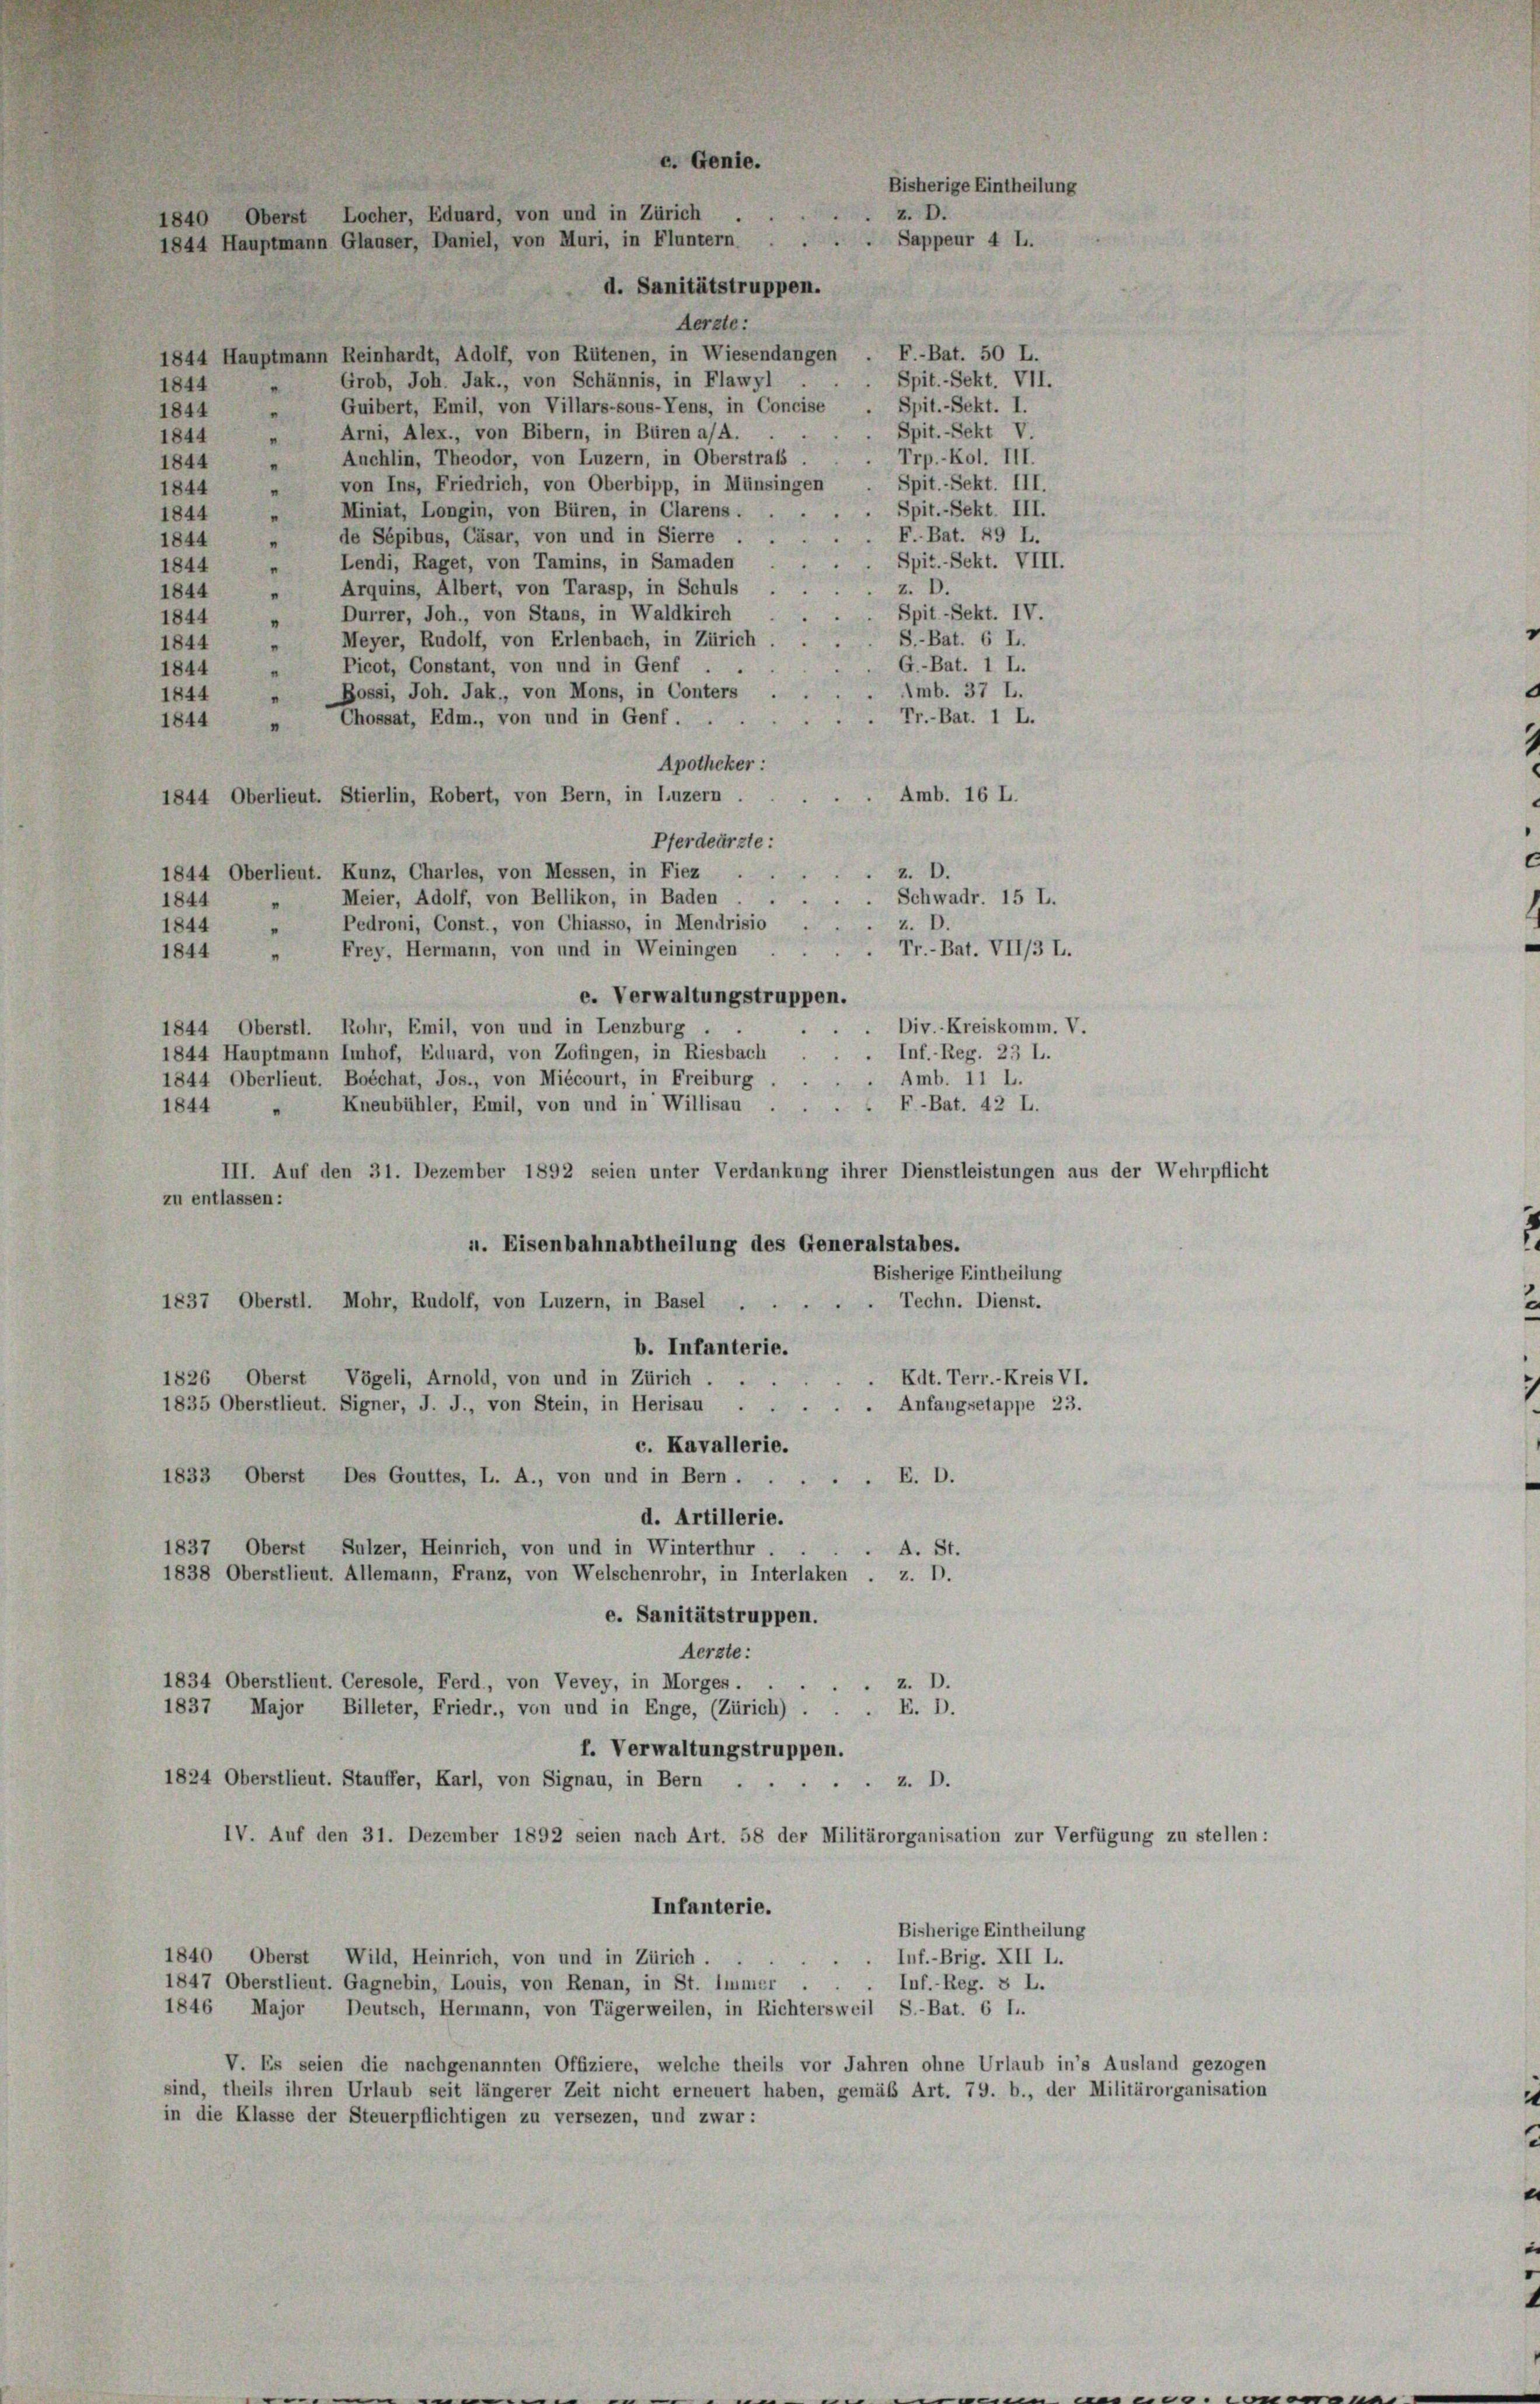
d. Sanitätstruppen.
Aerzte:
1844 Hauptmann Reinhardt, Adolf, von Rütenen, in Wiesendangen
 Grob, Joh. Jak., von Schännis, in Flawyl
1844
1844 „ Guibert, Emil, von Villars-sous-Tens, in Concise
 Arni, Alex., von Bibern, in Büren a/A.
1844
Auchlin, Theodor, von Luzern, in Oberstrafs
1844
von Ins, Friedrich, von Oberbipp, in Münsingen
1844
Miniat, Longin, von Büren, in Clarens.
1844
de Sépibus, Cäsar, von und in Sierre .
1844
 Lendi, Raget, von Tamins, in Samaden
1844
 Arquins, Albert, von Tarasp, in Schuls
1844
 Durrer, Joh., von Stans, in Waldkirch
1844
“
Meyer, Rudolf, von Erlenbach, in Zürich
1844
.
Picot, Constant, von und in Genf . .
1844
.
Bossi, Joh. Jak., von Mons, in Conters .
1844
Chossat, Edm., von und in Genf.
1844
"
Apotheker :
Amb. 16 L.
1844 Oberlieut. Stierlin, Robert, von Bern, in Luzern.
Pferdeürzte:
z. D.
1844 Oberlieut. Kunz, Charles, von Messen, in Fiez
u
Meier, Adolf, von Bellikon, in Baden.
Schwadr. 15 L.
1844
“
Pedroni, Const., von Chiasso, in Mendrisio
D.
1844
Tr.-Bat. VII/3 L.
Frey, Hermann, von und in Weiningen
1844
"
c. Verwaltungstruppen.
Div.-Kreiskomm. V.
1844 Oberstl. Rohr, Emil, von und in Lenzburg .
Inf.- Reg. 23 L.
1844 Hauptmann Imhof, Eduard, von Zofingen, in Riesbach
1844 Oberlieut. Boéchat, Jos., von Miécourt, in Freiburg
Kneubühler, Emil, von und in Willisau .
1844
III. Auf den 31. Dezember 1892 seien unter Verdankung ihrer Dienstleistungen aus der Wehrpflicht
zu entlassen:
u. Eisenbahnabtheilung des Generalstabes.
Bisherige Eintheilung
1837, Oberstl. Mohr, Rudolf, von Luzern, in Basel . .
. Techn. Dienst.
b. Infanterie.
1826 Oberst Vögeli, Arnold, von und in Zürich.
 Edt. Terr.-Kreis VI.
Anfangsetappe 23.
1835 Oberstlieut. Signer, J. J., von Stein, in Herisau .
c. Kavallerie.
1833, Oberst Des Gouttes, L. A., von und in Bern.
 E. D.
d. Artillerie.
1837, Oberst Sulzer, Heinrich, von und in Winterthur
A. St.
1838 Oberstlieut. Allemann, Franz, von Welschenrohr, in Interlaken . z. D.
e. Sanitätstruppen.
Aerzte:
1834 Oberstlieut. Ceresole, Ferd, von Vevey, in Morges. z. D.
1837 Major Billeter, Friedr., von und in Enge, (Zürich) . . . E. D.
f. Verwaltungstruppen.
z. D.
1824 Oberstlieut. Stauffer, Karl, von Signau, in Bern.
IV. Auf den 31. Dezember 1892 seien nach Art. 58 der Militärorganisation zur Verfügung zu stellen:
Infanterie.
Bisherige Eintheilung
Inf.-Brig. XII L.
1840 Oberst Wild, Heinrich, von und in Zürich.
1847 Oberstlieut. Gagnebin, Louis, von Renan, in St. Immer .
Inf.-Reg. 8 L.
1846 Major, Deutsch, Hermann, von Tägerweilen, in Richtersweil S.-Bat. 6 I..
V. Es seien die nachgenannten Offiziere, welche theils vor Jahren ohne Urlaub in’s Ausland gezogen
sind, theils ihren Urlaub seit längerer Zeit nicht erneuert haben, gemäß Art. 79. b., der Militärorganisation
in die Klasse der Steuerpflichtigen zu versezen, und zwar:

c. Genie.
1840 Oberst Locher, Eduard, von und in Zürich
1844 Hauptmann Glauser, Daniel, von Muri, in Fluntern.

Sappeur 4 L.

F.-Bat. 50 L.
. Spit.-Sekt. VII.
Spit.-Sekt. I.
Spit.-Sekt V.
Trp.-Kol. III.
Spit.-Sekt. III.
Spit.-Sekt. III.
F. Bat. 89 L.
Spit. Sekt. VIII.
z. D.
Spit-Sekt. IV.
S.-Bat. 6 I.
G.-Bat. 1 L.
Imb. 37 L.
Tr.-Bat. 1 L.

Bisherige Eintheilung
z. D.

Amb. 11 L.
F-Bat. 42 L.